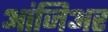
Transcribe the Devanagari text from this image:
आंजिअर